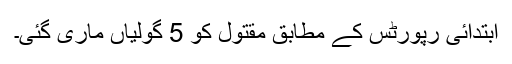
ابتدائی رپورٹس کے مطابق مقتول کو 5 گولیاں ماری گئی۔